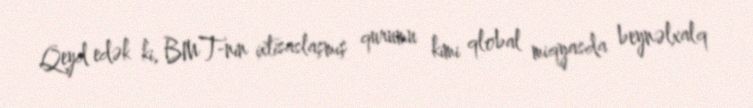
Qeyd edək ki, BMT-nin ixtisaslaşmış qurumu kimi qlobal miqyasda beynəlxalq